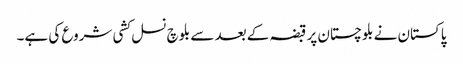
پاکستان نے بلوچستان پر قبضہ کے بعد سے بلوچ نسل کشی شروع کی ہے۔